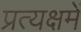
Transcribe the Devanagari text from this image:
प्रत्यक्षमें